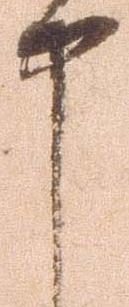
申